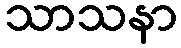
သာသနာ